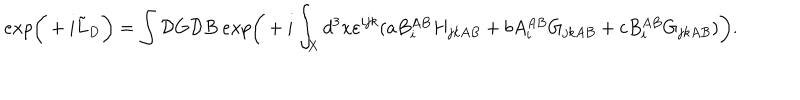
e x p \bigg ( + i \tilde { L } _ { D } \bigg ) = \int { \cal D } G { \cal D } B \ e x p \bigg ( + i \int _ { X } d ^ { 3 } x \varepsilon ^ { i j k } ( a B _ { i } ^ { A B } H _ { j k A B } + b A _ { i } ^ { A B } G _ { j k A B } + c B _ { i } ^ { A B } G _ { j k A B } ) \bigg ) .